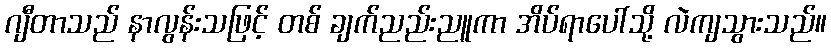
ဂျီတာသည် နာလွန်းသဖြင့် တစ် ချက်ညည်းညူကာ အိပ်ရာပေါ်သို့ လဲကျသွားသည်။